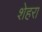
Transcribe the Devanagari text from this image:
शेहरा